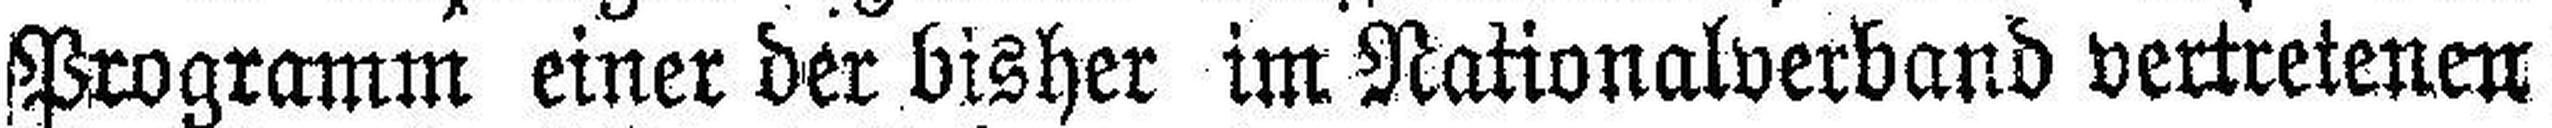
Programm einer der bisher im Nationalverband vertretenen